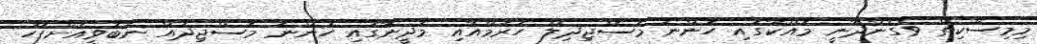
މިމިސްކިތް ވެގެންދާނީ މައްކާގައި ހުންނަ މަސްޖިދިލް ހަރަމްއާއި މަދީނާގައި ހުންނަ މަސްޖިދުއް ނަބަވީއަށްފަހު